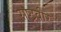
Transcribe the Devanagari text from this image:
राष्ट्रवीर